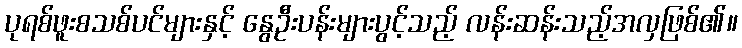
ပုရစ်ဖူးစသစ်ပင်များနှင့် နွေဦးပန်းများပွင့်သည့် လန်းဆန်းသည့်အလှဖြစ်၏။